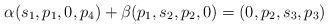
LaTeX: \begin{align*}\alpha (s_1,p_1,0,p_4)+\beta (p_1,s_2,p_2,0)=(0,p_2,s_3,p_3)\end{align*}